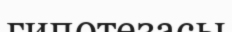
гипөтезасы